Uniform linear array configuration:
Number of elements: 32
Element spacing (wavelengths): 0.25
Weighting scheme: hamming
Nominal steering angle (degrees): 0
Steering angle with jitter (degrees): -1.655
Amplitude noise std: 0.05
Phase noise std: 0.05

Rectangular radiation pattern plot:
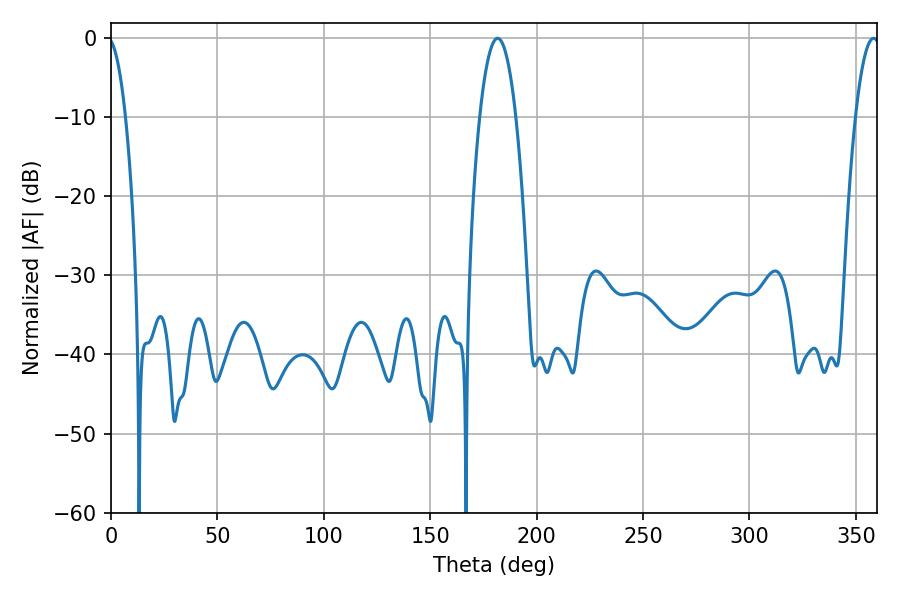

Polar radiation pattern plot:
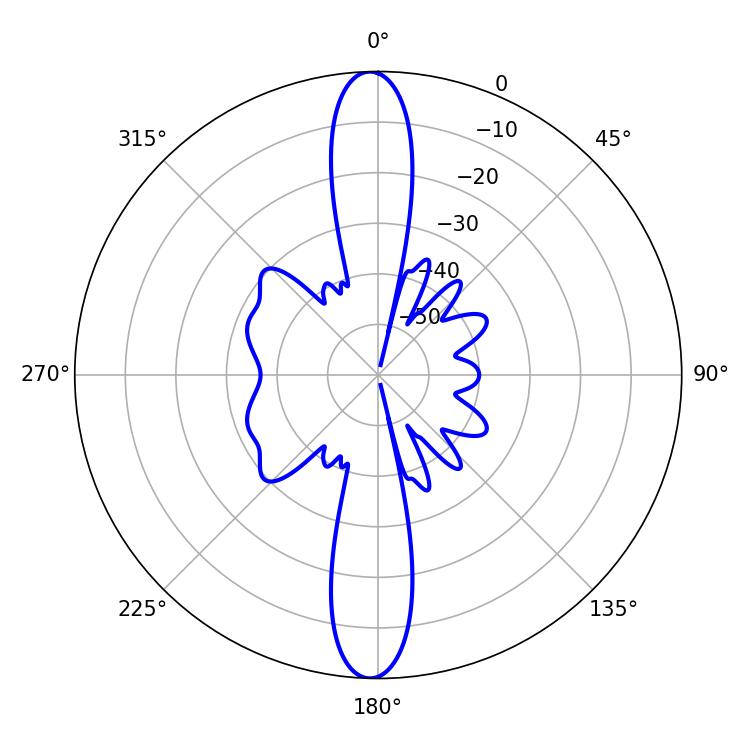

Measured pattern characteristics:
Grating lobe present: FALSE
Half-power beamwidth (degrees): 9.36
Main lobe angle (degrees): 181.62